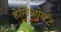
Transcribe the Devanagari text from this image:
हेलिओस्टॅट